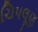
ચિપલૂણ